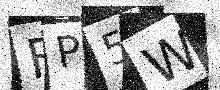
Text: FP5W